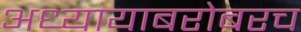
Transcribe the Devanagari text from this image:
अध्यायाबरोबरच